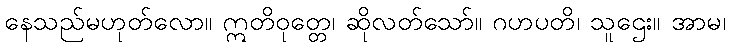
နေသည်မဟုတ်လော။ ဣတိဝုတ္တေ၊ ဆိုလတ်သော်။ ဂဟပတိ၊ သူဌေး။ အာမ၊